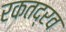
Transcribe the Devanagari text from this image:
रकतद्रव